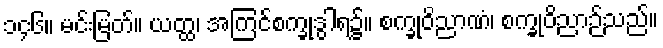
၁၄၆။ မင်းမြတ်။ ယတ္ထ၊ အကြင်စက္ခုဒွါရ၌။ စက္ခုဝိညာဏံ၊ စက္ခုဝိညာဉ်သည်။